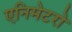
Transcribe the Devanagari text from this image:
एनिमेटरो